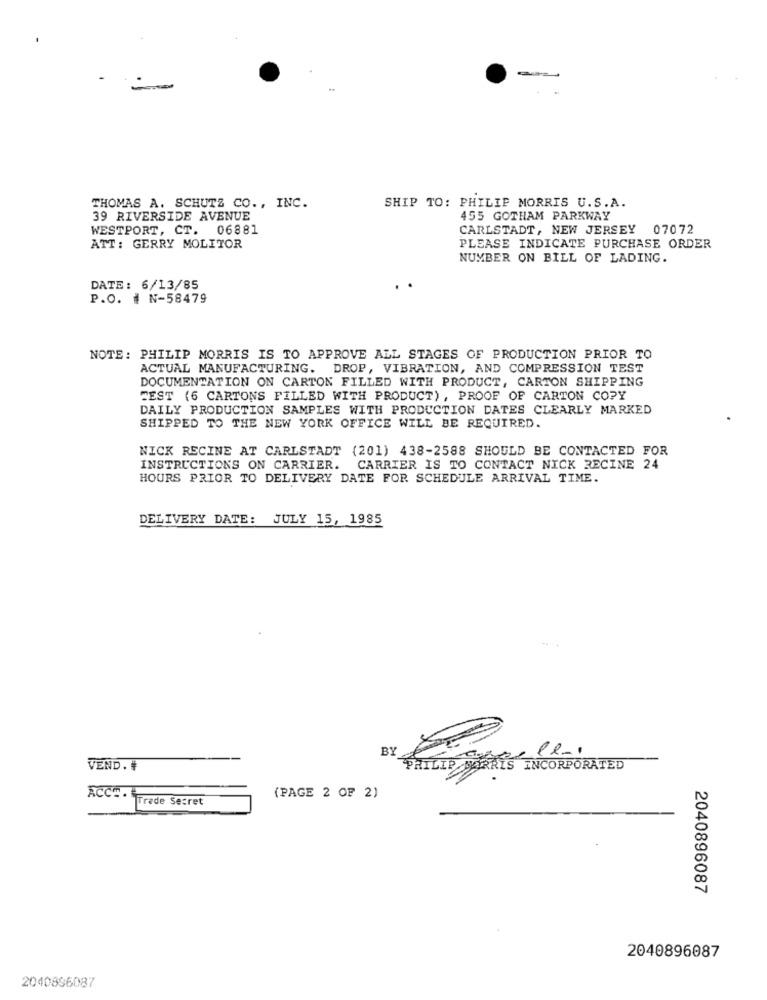
THOMAS A. SCHUTZ CO ., INC.
SHIP TO: PHILIP MORRIS U.S.A.
39 RIVERSIDE AVENUE
455 GOTHAM PARKWAY
WESTPORT, CT. 06881
CARLSTADT, NEW JERSEY 07072
ATT: GERRY MOLITOR
PLEASE INDICATE PURCHASE ORDER
NUMBER ON BILL OF LADING.
DATE: 6/13/85
P.O. # N-58479
NOTE: PHILIP MORRIS IS TO APPROVE ALL STAGES OF PRODUCTION PRIOR TO
ACTUAL MANUFACTURING. DROP, VIBRATION, AND COMPRESSION TEST
DOCUMENTATION ON CARTON FILLED WITH PRODUCT, CARTON SHIPPING
TEST (6 CARTONS FILLED WITH PRODUCT) , PROOF OF CARTON COPY
DAILY PRODUCTION SAMPLES WITH PRODUCTION DATES CLEARLY MARKED
SHIPPED TO THE NEW YORK OFFICE WILL BE REQUIRED.
NICK RECINE AT CARLSTADT (201) 438-2588 SHOULD BE CONTACTED FOR
INSTRUCTIONS ON CARRIER. CARRIER IS TO CONTACT NICK RECINE 24
HOURS PRIOR TO DELIVERY DATE FOR SCHEDULE ARRIVAL TIME.
DELIVERY DATE: JULY 15, 1985
BY
le ..
VEND. #
ILIP MORRIS INCORPORATED
ACCO.
Trade Secret
(PAGE 2 OF 2)
2040896087
2040896087
2040896087